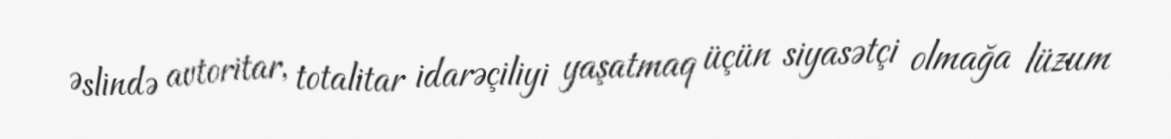
Əslində avtoritar, totalitar idarəçiliyi yaşatmaq üçün siyasətçi olmağa lüzum